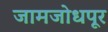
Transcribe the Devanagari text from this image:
जामजोधपूर